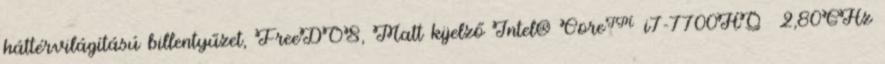
háttérvilágítású billentyűzet, FreeDOS, Matt kijelző Intel® Core™ i7-7700HQ 2,80GHz